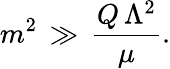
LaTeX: m^{2}\, \gg\, \frac{Q\, \Lambda^{2}}{\mu}.